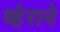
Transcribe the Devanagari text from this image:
व्हेराने